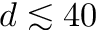
d \lesssim 4 0